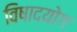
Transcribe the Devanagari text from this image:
विषादयोग